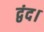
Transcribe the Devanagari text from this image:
द्वंद।